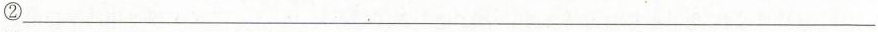
②___